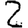
Digit: 2